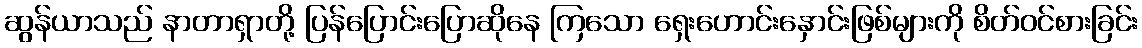
ဆွန်ယာသည် နာတာရှာတို့ ပြန်ပြောင်းပြောဆိုနေ ကြသော ရှေးဟောင်းနှောင်းဖြစ်များကို စိတ်ဝင်စားခြင်း